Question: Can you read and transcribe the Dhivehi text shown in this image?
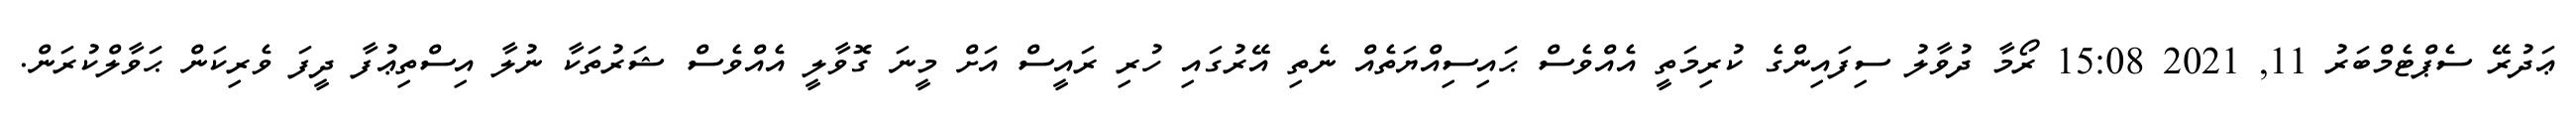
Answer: ޢަދުރޭ ސެޕްޓެމްބަރު 11, 2021 15:08 ރޯމާ ދުވާލު ސިފައިންގެ ކުރިމަތީ އެއްވެސް ޙައިސިއްޔަތެއް ނެތި އޭރުގައި ހުރި ރައީސް އަށް މީނަ ގޮވާލީ އެއްވެސް ޝަރުތަކާ ނުލާ އިސްތިޢުފާ ދީފަ ވެރިކަން ޙަވާލްކުރަން.